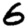
Digit: 6